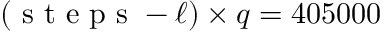
( \mathrm { ~ s ~ t ~ e ~ p ~ s ~ } - \ell ) \times q = 4 0 5 0 0 0